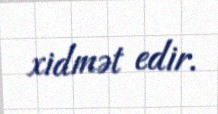
xidmət edir.